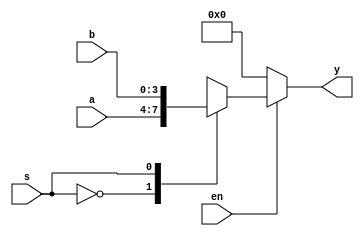
// Quad 2-line to 1-line data selector/multiplexer, non-inverting outputs.
// Based on the 7400-series integrated circuits used in my
// programable-8-bit-microprocessor.
    
module jeff_74x157_behavioral(
    input       [3:0] a,            // INPUT DATA A
    input       [3:0] b,            // INPUT DATA B
    input             s,            // SELECT
    input             en,           // ENABLE
    output reg  [3:0] y             // OUTPUT DATA
);

    // ALWAYS BLOCK with NON-BLOCKING PROCEDURAL ASSIGNMENT STATEMENT
    always @ ( * ) begin
        if (~en) begin
            y <= 4'h0;
        end else begin
            case(s)
                1'b0 : y <= a;
                1'b1 : y <= b;
            endcase
        end
    end

endmodule